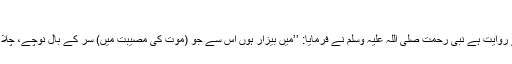
باب التشدید فی النیاحۃ 934)
ابو موسیٰ اشعری رضی اللہ عنہ سے روایت ہے نبی رحمت صلی اللہ علیہ وسلم نے فرمایا: ’’میں بیزار ہوں اس سے جو (موت کی مصیبت میں) سر کے بال نوچے، چلا کر روئے اور اپنے کپڑے پھاڑے‘‘۔